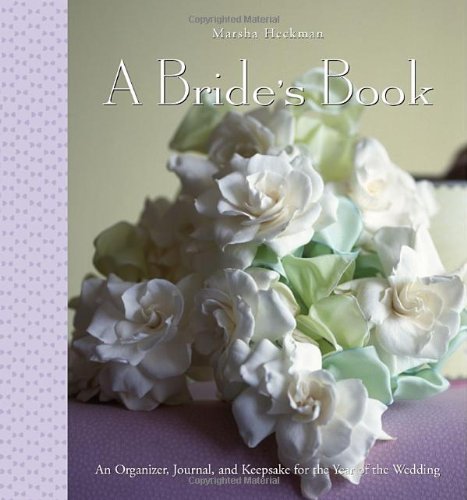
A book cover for A Bride's Book: An Organizer, Journal, and Keepsake for the Year of the Wedding; Marsha Heckman; Crafts, Hobbies & Home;